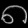
Digit: ၈